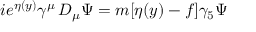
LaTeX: i e ^ { \eta ( y ) } \gamma ^ { \mu } \, D _ { \mu } \Psi = m [ \eta ( y ) - f ] \gamma _ { 5 } \Psi